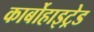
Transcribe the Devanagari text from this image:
कार्बोहाइट्रेड